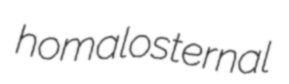
homalosternal